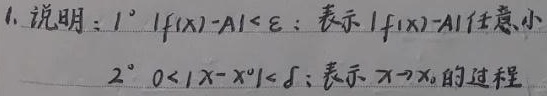
1. 说明：
$1^{\circ}$ \(|f(x)-A|<\varepsilon\)：表示\(|f(x) - A|\)任意小
$2^{\circ}$ \(0 < |x - x_0| < \delta\)：表示\(x\rightarrow x_0\)的过程